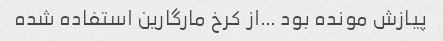
پیازش مونده بود …از کرخ مارگارین استفاده شده